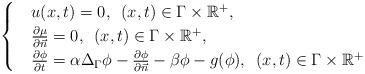
LaTeX: \begin{align*}\begin{cases}&u(x,t)=0,\,\,\,(x,t)\in\Gamma\times\mathbb{R}^+,\\&\frac{\partial \mu}{\partial \vec{n}}=0,\,\,\,(x,t)\in\Gamma\times\mathbb{R}^+,\\&\frac{\partial \phi}{\partial t}=\alpha\Delta_\Gamma\phi-\frac{\partial \phi}{\partial \vec{n}}-\beta\phi-g(\phi),\,\,\,(x,t)\in\Gamma\times\mathbb{R}^+\end{cases}\end{align*}